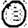
Digit: 0